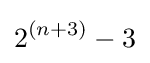
2^{(n+3)}-3